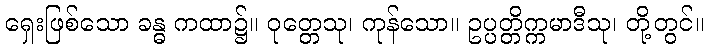
ရှေးဖြစ်သော ခန္ဓ ကထာ၌။ ဝုတ္တေသု၊ ကုန်သော။ ဥပ္ပတ္တိက္ကမာဒီသု၊ တို့တွင်။